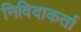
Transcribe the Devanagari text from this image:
निविदाकर्ता